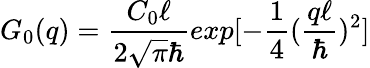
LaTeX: G_{0}(q)=\frac{C_{0}\ell}{2\sqrt{\pi}\hbar}exp[-\frac{1}{4}(\frac{q\ell}{\hbar})^{2}]